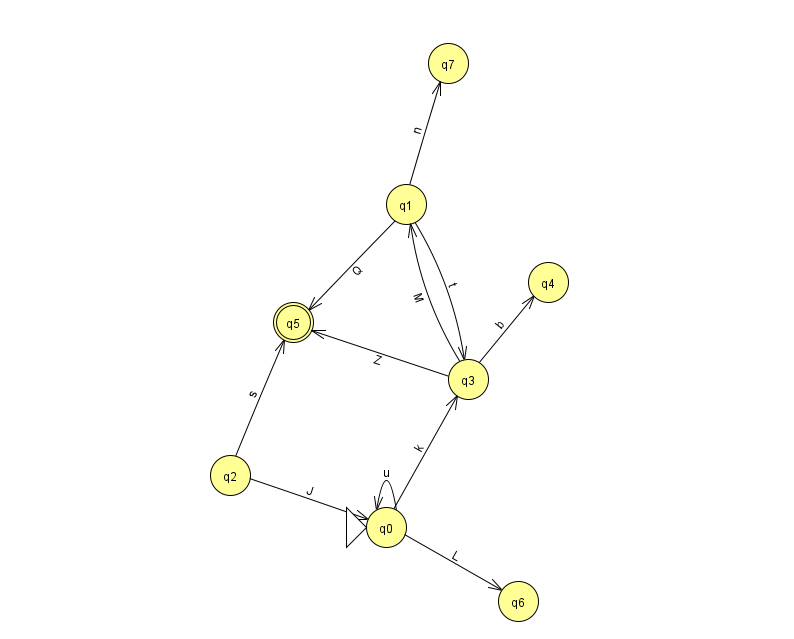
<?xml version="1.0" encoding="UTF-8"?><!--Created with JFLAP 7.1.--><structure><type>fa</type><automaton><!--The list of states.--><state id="0" name="q0"><x>386.0</x><y>514.0</y><initial/></state><state id="1" name="q1"><x>406.0</x><y>191.0</y></state><state id="2" name="q2"><x>230.0</x><y>462.0</y></state><state id="3" name="q3"><x>468.0</x><y>366.0</y></state><state id="4" name="q4"><x>548.0</x><y>269.0</y></state><state id="5" name="q5"><x>293.0</x><y>309.0</y><final/></state><state id="6" name="q6"><x>518.0</x><y>588.0</y></state><state id="7" name="q7"><x>448.0</x><y>50.0</y></state><!--The list of transitions.--><transition><from>1</from><to>3</to><read>t</read></transition><transition><from>0</from><to>3</to><read>k</read></transition><transition><from>1</from><to>7</to><read>n</read></transition><transition><from>3</from><to>5</to><read>Z</read></transition><transition><from>0</from><to>0</to><read>u</read></transition><transition><from>2</from><to>0</to><read>J</read></transition><transition><from>3</from><to>4</to><read>b</read></transition><transition><from>0</from><to>6</to><read>L</read></transition><transition><from>2</from><to>5</to><read>s</read></transition><transition><from>3</from><to>1</to><read>M</read></transition><transition><from>1</from><to>5</to><read>Q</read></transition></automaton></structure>